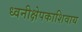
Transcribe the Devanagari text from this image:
ध्वनीक्षेपकाशिवाय